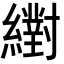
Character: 𦆹